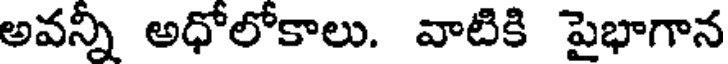
అవన్నీ అధోలోకాలు. వాటికి పైభాగాన